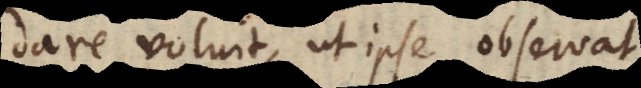
dare voluit, ut ipse observat.